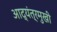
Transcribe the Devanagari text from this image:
आद्यंत्रमुखी